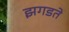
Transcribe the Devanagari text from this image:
झगडते